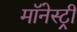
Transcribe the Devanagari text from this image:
मॉनेस्‍ट्री